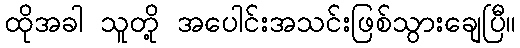
ထိုအခါ သူတို့ အပေါင်းအသင်းဖြစ်သွားချေပြီ။